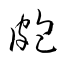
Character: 皰